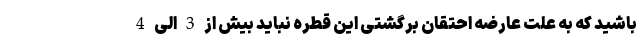
باشید که به علت عارضه احتقان برگشتی این قطره نباید بیش از 3 الی 4